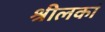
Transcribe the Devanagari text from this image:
श्रीलकां